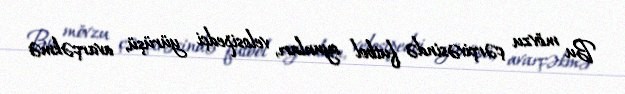
Bu mövzu çərçivəsində futbol oyunları, velosipedçi yürüşü, avarçəkmə